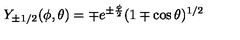
Y _ { \pm 1 / 2 } ( \phi , \theta ) = \mp e ^ { \pm \frac { \phi } { 2 } } ( 1 \mp \cos \theta ) ^ { 1 / 2 }